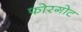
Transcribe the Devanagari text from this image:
फोरगोट